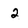
Character: 2